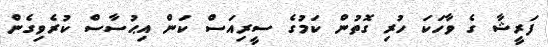
ފަރީޝާ ގެ ވާހަކަ ހުރި ގޮތުން ކަމުގެ ސީރިއަސް ކަން އިޙުސާސް ކުރެވިގެން